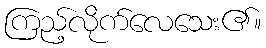
ကြည့်လိုက်လေသေး၏။